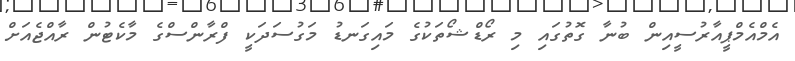
އެމްއެމްޕީއާރުސީއިން ބުނާ ގޮތުގައި މި ރޯޑްޝޯތަކުގެ މައިގަނޑު މަގުސަދަކީ ފްރާންސްގެ މާކެޓުން ރާއްޖެއަށް